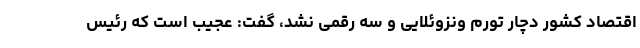
اقتصاد کشور دچار تورم ونزوئلایی و سه رقمی نشد، گفت: عجیب است که رئیس